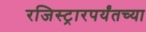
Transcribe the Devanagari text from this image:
रजिस्ट्रारपर्यंतच्या